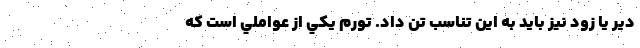
دير يا زود نيز بايد به اين تناسب تن داد. تورم يكي از عواملي است كه